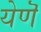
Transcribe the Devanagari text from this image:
येणॆ